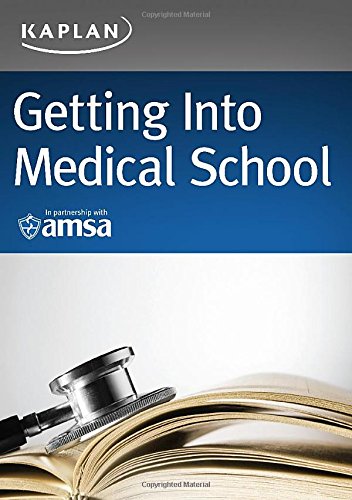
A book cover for Getting Into Medical School (Kaplan Test Prep); Kaplan; Education & Teaching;